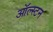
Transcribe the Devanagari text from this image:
ऑल्स्टन